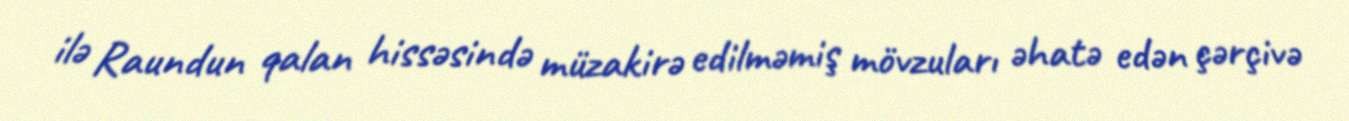
ilə Raundun qalan hissəsində müzakirə edilməmiş mövzuları əhatə edən çərçivə